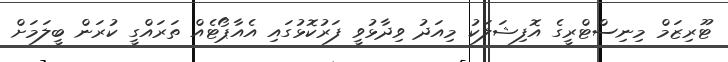
ޓޫރިޒަމް މިނިސްޓްރީގެ އޮފިޝަލަކު މިއަދު ވިދާޅުވީ ފަރުކޮޅުގައި އެއާޕޯޓެއް ތަރައްގީ ކުރަން ބީލަމަށް